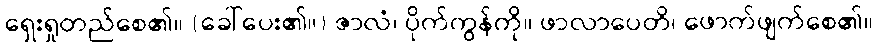
ရှေးရှုတည်စေ၏။ (ခေါ်ပေး၏။) ဇာလံ၊ ပိုက်ကွန်ကို။ ဖာလာပေတိ၊ ဖောက်ဖျက်စေ၏။